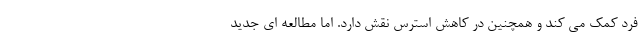
فرد کمک می کند و همچنین در کاهش استرس نقش دارد. اما مطالعه ای جدید